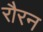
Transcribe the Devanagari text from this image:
रौरन